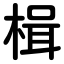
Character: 楫